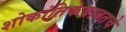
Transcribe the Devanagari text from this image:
शोकांतिकेबाबतचे